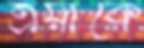
ত্রয়ীকে